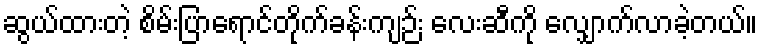
ဆွယ်ထားတဲ့ စိမ်းပြာရောင်တိုက်ခန်းကျဉ်း လေးဆီကို လျှောက်လာခဲ့တယ်။